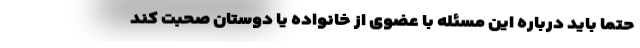
حتماً باید درباره این مسئله با عضوی از خانواده یا دوستان صحبت کند